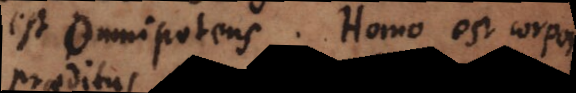
est omnipotens. Homo est corpore